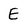
Character: E